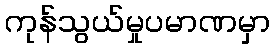
ကုန်သွယ်မှုပမာဏမှာ